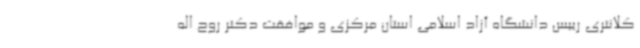
کلانتری رییس دانشگاه آزاد اسلامی استان مرکزی و موافقت دکتر روح اله